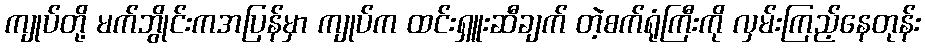
ကျုပ်တို့ မက်ဘွိုင်းကအပြန်မှာ ကျုပ်က ထင်းရှူးဆီချက် တဲ့စက်ရုံကြီးကို လှမ်းကြည့်နေတုန်း